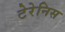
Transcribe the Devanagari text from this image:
टेरेनिस